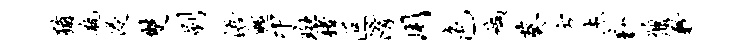
犹瓶侵双刷浯魄印斑楮叵淆用色缬葵方杰勤鼐歉